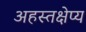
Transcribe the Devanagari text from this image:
अहस्तक्षेप्य